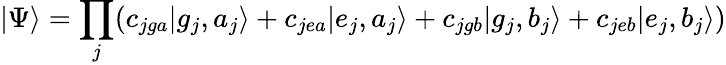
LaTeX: |\Psi\rangle=\prod_{j}(c_{jga}|g_{j},a_{j}\rangle+c_{jea}|e_{j},a_{j}\rangle+c_{jgb}|g_{j},b_{j}\rangle+c_{jeb}|e_{j},b_{j}\rangle)